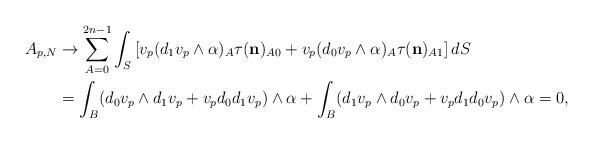
\begin{align*} A_{p,N}&\rightarrow \sum_{A=0}^{2n-1} \int_S \left[v_p(d_1v_{p }\wedge\alpha)_A \tau( \mathbf{{n}})_{A0}+v_{p } (d_0 v_p\wedge\alpha)_A \tau( \mathbf{{n}})_{A1}\right]dS \\&= \int_B (d_0 v_p \wedge d_1v_{p }+ v_p d_0 d_1v_{p }) \wedge\alpha+\int_B ( d_1v_{p }\wedge d_0 v_p+ v_p d_1 d_0v_{p })\wedge\alpha=0, \end{align*}